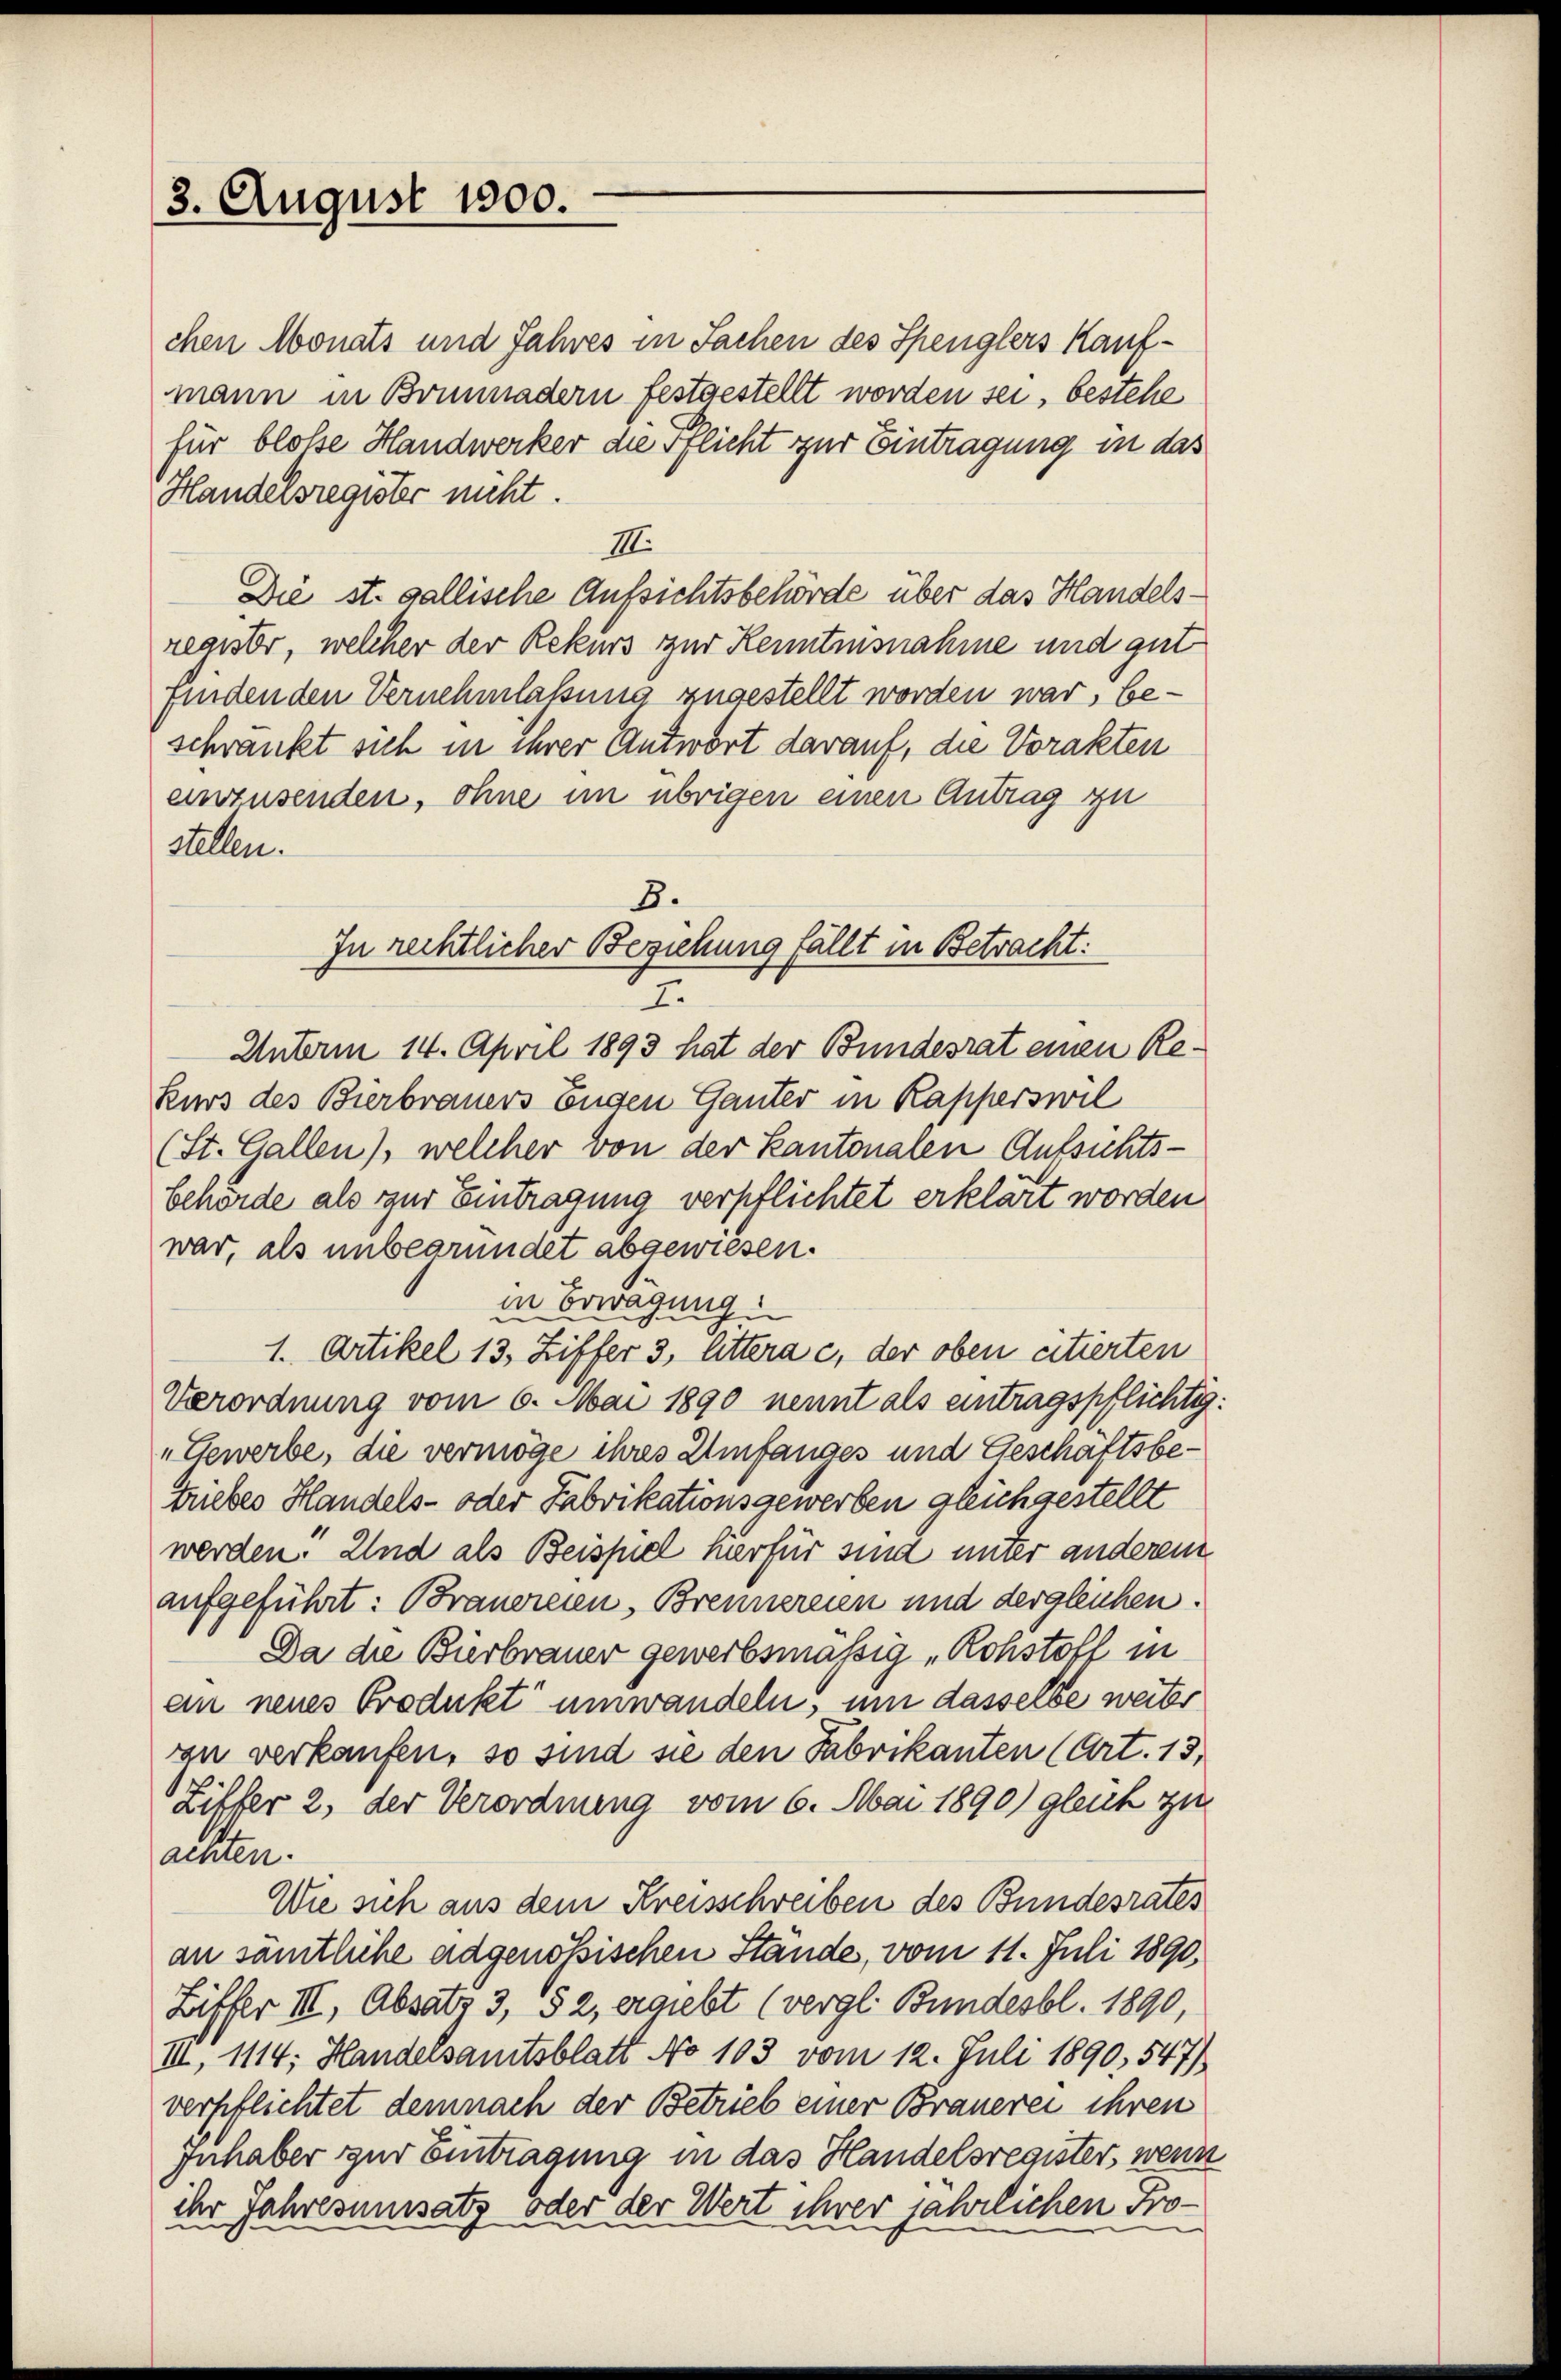
3. August 1800.

chen Monats und Jahres in Sachen des Spenglers Kaufmann in Brunnadern festgestellt worden sei, bestehe
für bloße Handwerker die Pflicht zur Eintragung in das
Handelsregister nicht.
III.
Die st. gallische Aufsichtsbehörde über das Handelsrearsbr, welcher der Rekurs zur Kenntnisnahme und gut
findenden Vernehmlassung zugestellt worden war, beschränkt sich in ihrer Antwort darauf, die Vorakten
einzusenden, ohne im übrigen einen Antrag zu
stellen.
8.
In rechtlicher Beziehung fällt in Betracht:
7.
Unterm 14. April 1893 hat der Bundesrat einen Re¬
Kurs des Bierbrauers Eugen Ganter in Kapperswil
(St. Gallen), welcher von der Kantonalen Aufsichtsbehörde als zur Eintragung verpflichtet erklärt worden
war, als unbegründet abgewiesen.
in Erwägung:
1. Artikel 13, Ziffer 3, littera c. der oben citierten
Verordnung vom 6. Mai 1890 nennt als eintragspflichtig:
„Gewerbe, die vermöge ihres Umfanges und Geschäftsbe¬
Triebes Handels- oder Fabrikationsgewerben gleichgestellt
werden. Und als Beispiel hirfür sind unter anderem
aufgeführt: Brauereien, Brennereien und dergleichen.
Da die Bürbrauer gewerbsmässig Rohstoff in
an neues Produkt umwandeln, um dasselbe weiter
an verkaufen, so sind sie den Fabrikanten (Art. 13,
Ziffer 2, der Verordnung vom 6. Mai 1890) gleich zu
achten.
Wie sich aus dem Kreisschreiben des Bundesrates
an sämtliche adgenössischen Stände, vom 11. Juli 1890,
Biffer III, Absatz 3, § 2, ergiebt (vergl. Bundesbl. 1890,
III, 1114; Handersamtsblatt No 103 vom 12. Juli 1890, 547)
verpflichtet demnach der Betrieb einer Brauerei ihren
Inhaber zur Eintragung in das Handelsregister, wenn
ihr Jahresumsatz oder der Wert ihrer jährlichen Pro¬